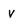
Character: v